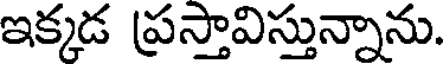
ఇక్కడ ప్రస్తావిస్తున్నాను.